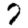
Digit: 7